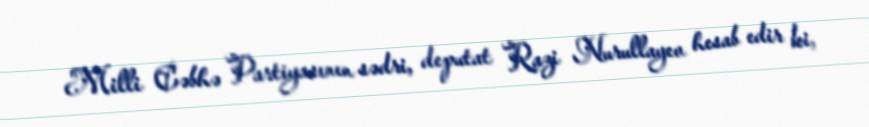
Milli Cəbhə Partiyasının sədri, deputat Razi Nurullayev hesab edir ki,